Source: Handwritten
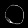
Digit: ၀ (0)